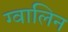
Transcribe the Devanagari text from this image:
ग्वालिन